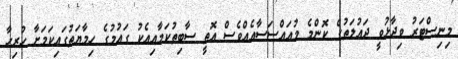
މިނިސްޓަރު ވިދާޅުވީ ދައުލަތުގެ ކޮންމެ މުއައްސަސާއެއްވެސް އޮތީ ސާބިތުކަމާއިއެކު ގައުމުގެ ހިމާޔަތުގައިކަމަށާ ހުރިހާ